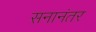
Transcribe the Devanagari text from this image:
सनानंतर